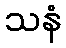
သနံ